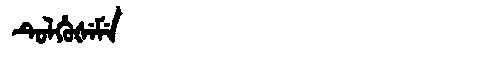
Manchu: ᡨᡠᠯᡥᡠᡧᡝᠮᡝ
Romanization: TULHUŠEME